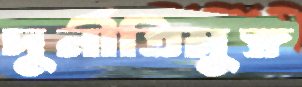
দুর্নীতিমুক্ত